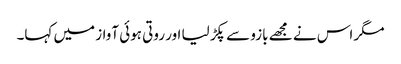
مگر اس نے مجھے بازو سے پکڑ لیا اور روتی ہوئی آواز میں کہا۔